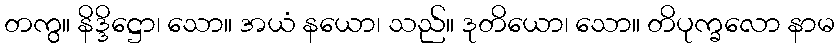
တကွ။ နိဒ္ဒိဋ္ဌော၊ သော။ အယံ နယော၊ သည်။ ဒုတိယော၊ သော။ တိပုက္ခလော နာမ